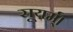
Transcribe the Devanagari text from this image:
सूयर्म्।